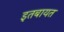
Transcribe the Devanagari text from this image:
इतबायत